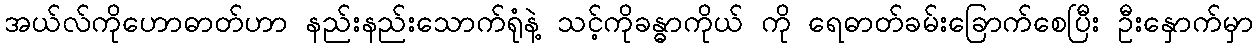
အယ်လ်ကိုဟောဓာတ်ဟာ နည်းနည်းသောက်ရုံနဲ့ သင့်ကိုခန္ဓာကိုယ် ကို ရေဓာတ်ခမ်းခြောက်စေပြီး ဦးနှောက်မှာ